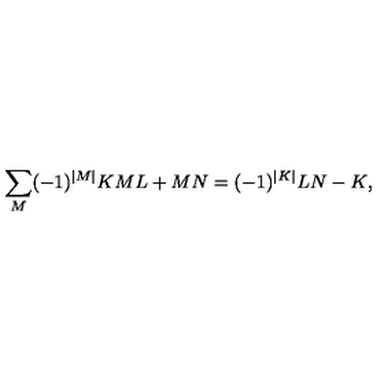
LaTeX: \sum _ { M } ( - 1 ) ^ { | M | } { \binom { K } { M } } { \binom { L + M } { N } } = ( - 1 ) ^ { | K | } { \binom { L } { N - K } } ,